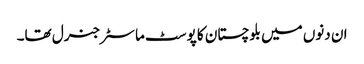
ان دنوں میں بلوچستان کا پوسٹ ماسٹر جنرل تھا۔